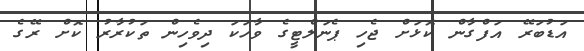
އަޑުބަރޭ އަފްގާން ކޮޅަށް ޖެހި ޕެނަލްޓީގެ ވާހަކަ ދިވެހިން ތަކުރާރު ކޮށް ރޭގެ